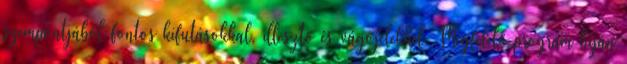
szem­pontjából fontos kifutásokkal, illesztő és vágójelekkel. Megfelelő program híján